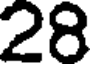
28